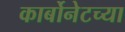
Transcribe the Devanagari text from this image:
कार्बोनेटच्या